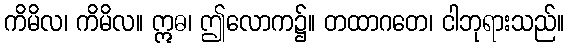
ကိမိလ၊ ကိမိလ။ ဣဓ၊ ဤလောက၌။ တထာဂတေ၊ ငါဘုရားသည်။